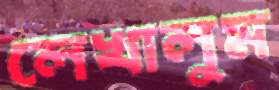
লেখালুম